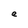
Character: e